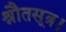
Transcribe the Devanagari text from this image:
श्रौतसूत्र।